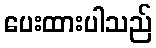
ပေးထားပါသည်